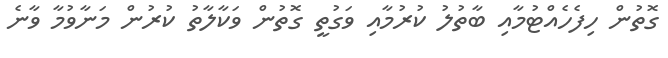
ގޮތުން ހިފެހެއްޓުމާއި ބާތުލު ކުރުމާއި ވަގުތީ ގޮތުން ވަކާލާތު ކުރުން މަނާވުމާ ވާނެ